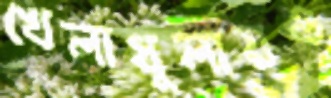
খেলাধুলায়ও